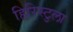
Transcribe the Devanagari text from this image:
हिरिस्टुला